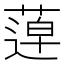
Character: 𦹢